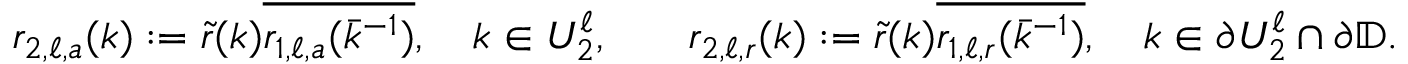
\begin{array} { r l r l } & { r _ { 2 , \ell , a } ( k ) : = \tilde { r } ( k ) \overline { { r _ { 1 , \ell , a } ( \bar { k } ^ { - 1 } ) } } , \quad k \in U _ { 2 } ^ { \ell } , } & & { r _ { 2 , \ell , r } ( k ) : = \tilde { r } ( k ) \overline { { r _ { 1 , \ell , r } ( \bar { k } ^ { - 1 } ) } } , \quad k \in \partial U _ { 2 } ^ { \ell } \cap \partial \mathbb { D } . } \end{array}